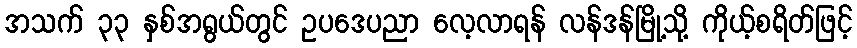
အသက် ၃၃ နှစ်အရွယ်တွင် ဥပဒေပညာ လေ့လာရန် လန်ဒန်မြို့သို့ ကိုယ့်စရိတ်ဖြင့်